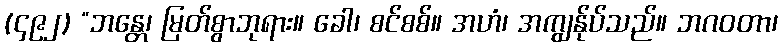
(၄၉၂) “ဘန္တေ၊ မြတ်စွာဘုရား။ ခေါ၊ စင်စစ်။ အဟံ၊ အကျွန်ုပ်သည်။ ဘဂဝတာ၊